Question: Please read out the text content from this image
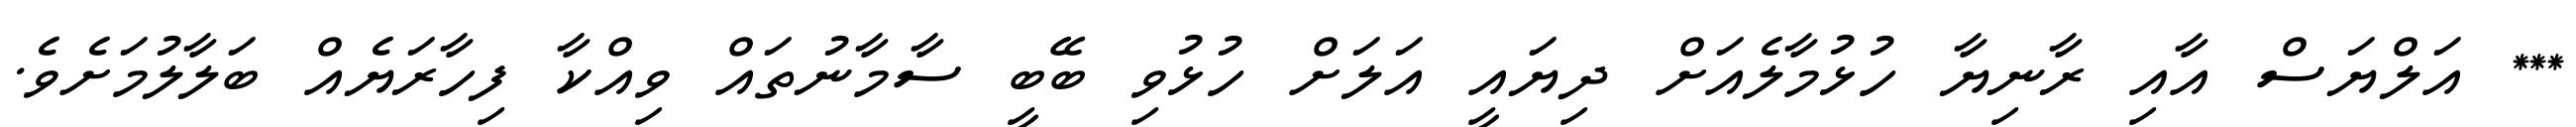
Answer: *** އަލްޔަސް އާއި ރާނިޔާ ހުޅުމާލެއަށް ދިޔައީ އަލަށް ހުޅުވި ބޭބީ ސާމާނުތައް ވިއްކާ ފިހާރަޔެއް ބަލާލުމަށެވެ.